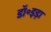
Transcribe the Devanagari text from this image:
डॉ॰इड़ा